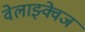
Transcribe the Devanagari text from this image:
वेलाझ्क्वेज